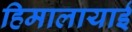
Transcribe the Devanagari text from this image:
हिमालायाई